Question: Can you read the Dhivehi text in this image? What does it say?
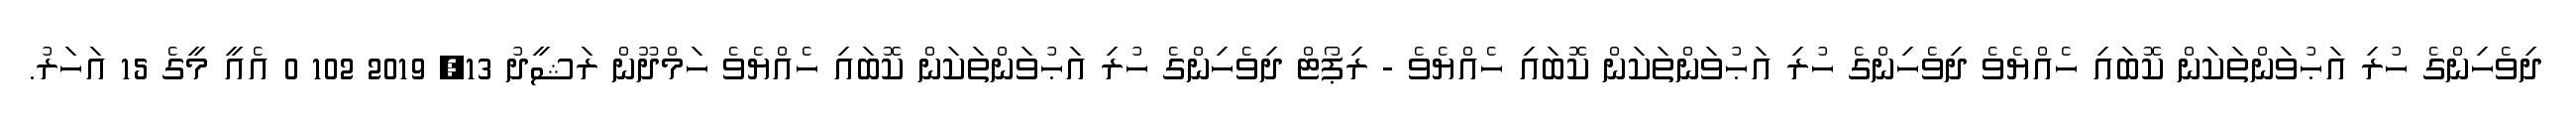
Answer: ދިވެހިންގެ ހުރި އަޙުވަންތަކަން ކޮބައި ހެއްޔެވެ ދިވެހިންގެ ހުރި އަޙުވަންތަކަން ކޮބައި ހެއްޔެވެ - ރިޕޯޓް ދިވެހިންގެ ހުރި އަޙުވަންތަކަން ކޮބައި ހެއްޔެވެ ހަމްދޫން ރަޝީދު 13, 2019 102 0 އެއީ މީގެ 15 އަހަރު.